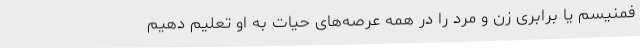
فمنیسم یا برابری زن و مرد را در همه عرصه‌های حیات به او تعلیم دهیم